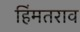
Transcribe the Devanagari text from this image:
हिंमतराव